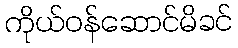
ကိုယ်ဝန်ဆောင်မိခင်